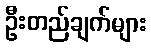
ဦးတည်ချက်များ